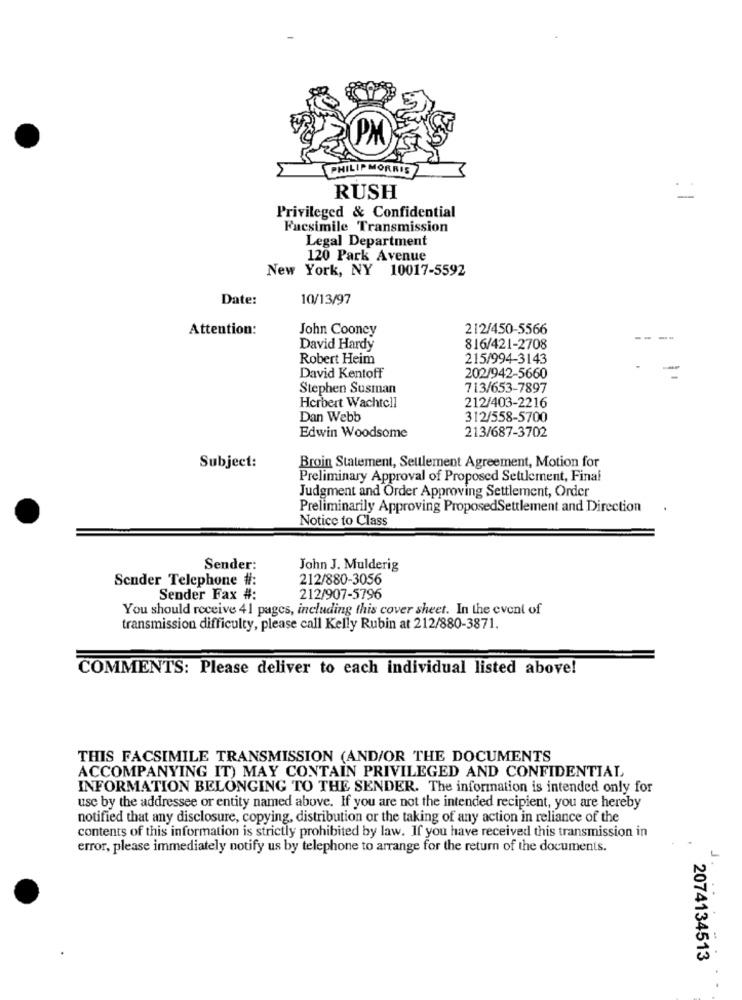
LIPMORRI
RUSH
Privileged & Confidential
Facsimile Transmission
Legal Department
120 Park Avenue
New York, NY 10017-5592
Date:
10/13/97
Attention:
John Cooney
212/450-5566
--
David Hardy
816/421-2708
Robert Heim
215/994-3143
David Kentoff
202/942-5660
Stephen Susman
713/653-7897
Herbert Wachtell
212/403-2216
Dan Webb
312/558-5700
213/687-3702
Edwin Woodsome
Subject:
Broin Statement, Settlement Agreement, Motion for
Preliminary Approval of Proposed Settlement, Final
Judgment and Order Approving Settlement, Order
Preliminarily Approving ProposedSettlement and Direction
Notice to Class
Sender:
John J. Mulderig
Sender Telephone #:
212/880-3056
Sender Fax #:
212/907-5796
You should receive 41 pages, including this cover sheet. In the event of
transmission difficulty, please call Kelly Rubin at 212/880-3871.
COMMENTS: Please deliver to each individual listed above!
THIS FACSIMILE TRANSMISSION (AND/OR THE DOCUMENTS
ACCOMPANYING IT) MAY CONTAIN PRIVILEGED AND CONFIDENTIAL
INFORMATION BELONGING TO THE SENDER. The information is intended only for
use by the addressee or entity named above. If you are not the intended recipient, you are hereby
notified that any disclosure, copying, distribution or the taking of any action in reliance of the
contents of this information is strictly prohibited by law. If you have received this transmission in
error, please immediately notify us by telephone to arrange for the return of the documents.
J.
2074134513